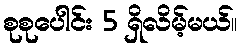
စုစုပေါင်း 5 ရှိလိမ့်မယ်။